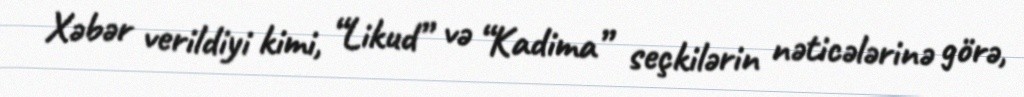
Xəbər verildiyi kimi, “Likud” və “Kadima” seçkilərin nəticələrinə görə,